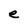
Character: e